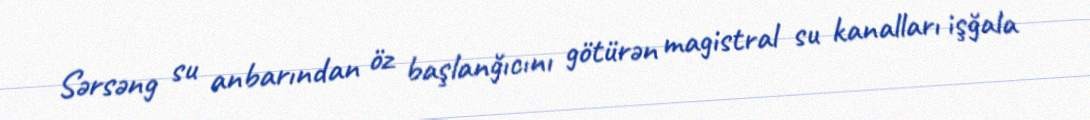
Sərsəng su anbarından öz başlanğıcını götürən magistral su kanalları işğala